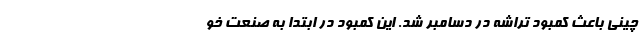
چینی باعث کمبود تراشه در دسامبر شد. این کمبود در ابتدا به صنعت خو